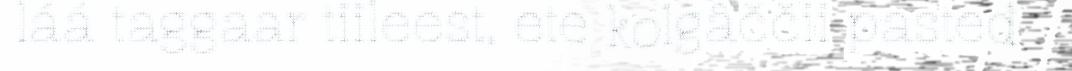
láá taggaar tiileest, ete kolgâččii pasteđ